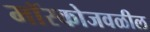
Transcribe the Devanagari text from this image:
मॉस्कोजवळील